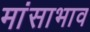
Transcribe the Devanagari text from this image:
मांसाभाव